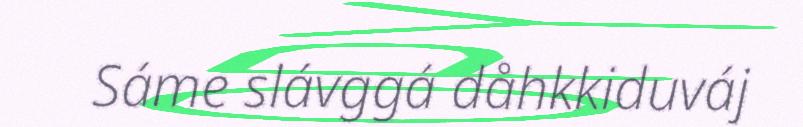
Sáme slávggá dåhkkiduváj